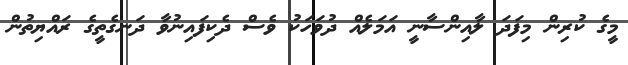
މީގެ ކުރިން މިފަދަ ލާއިންސާނީ އަމަލެއް ދުވަހަކު ވެސް ދެކިފައިނުވާ ދަނގެތީގެ ރައްޔިތުން